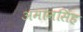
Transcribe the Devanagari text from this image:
अमानसिंह